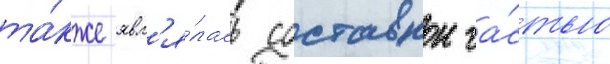
та́кже явл'я́лась составнои ча́стью